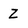
Character: Z